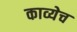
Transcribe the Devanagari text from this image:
काव्येच